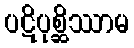
ပဋိပုစ္ဆိဿာမ